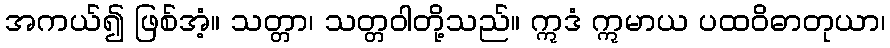
အကယ်၍ ဖြစ်အံ့။ သတ္တာ၊ သတ္တဝါတို့သည်။ ဣဒံ ဣမာယ ပထဝိဓာတုယာ၊